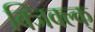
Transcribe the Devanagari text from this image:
क्जिक्ल्क्